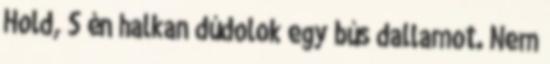
Hold, S én halkan dúdolok egy bús dallamot. Nem